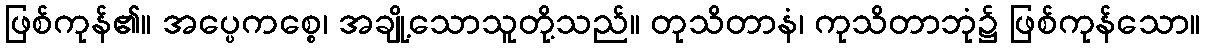
ဖြစ်ကုန်၏။ အပ္ပေကစ္စေ၊ အချို့သောသူတို့သည်။ တုသိတာနံ၊ ကုသိတာဘုံ၌ ဖြစ်ကုန်သော။